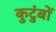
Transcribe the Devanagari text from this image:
कुटुंबों